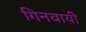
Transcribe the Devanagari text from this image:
गिनवायी